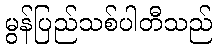
မွန်ပြည်သစ်ပါတီသည်